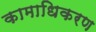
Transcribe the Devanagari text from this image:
कामाधिकरण